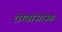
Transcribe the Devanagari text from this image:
रोम्बोजोआ